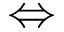
\Leftrightarrow